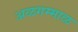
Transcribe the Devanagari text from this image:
अळगम्माळ